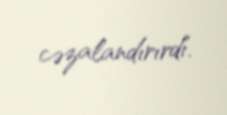
cəzalandırırdı.